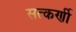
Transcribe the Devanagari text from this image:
सत्कर्णी